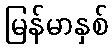
မြန်မာနှစ်